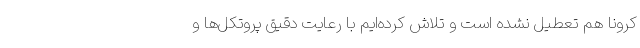
کرونا هم تعطیل نشده است و تلاش کرده‌ایم با رعایت دقیق پروتکل‌ها و